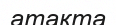
атақта